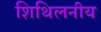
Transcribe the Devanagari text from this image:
शिथिलनीय